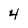
Character: 4